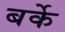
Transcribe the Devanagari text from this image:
बर्के